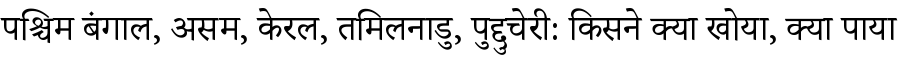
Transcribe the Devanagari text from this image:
पश्चिम बंगाल, असम, केरल, तमिलनाडु, पुद्दुचेरी: किसने क्या खोया, क्या पाया